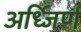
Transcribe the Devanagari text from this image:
अर्ध्जिर्ण